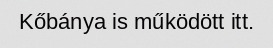
Kőbánya is működött itt.